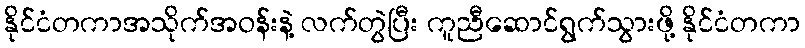
နိုင်ငံတကာအသိုက်အဝန်းနဲ့ လက်တွဲပြီး ကူညီဆောင်ရွက်သွားဖို့ နိုင်ငံတကာ